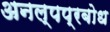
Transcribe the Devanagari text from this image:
अनल्पप्रबोध